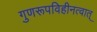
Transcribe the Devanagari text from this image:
गुणरूपविहीनत्वात्